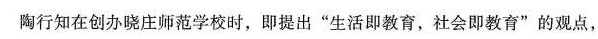
陶行知在创办晓庄师范学校时，即提出”生活即教育，社会即教育”的观点，